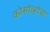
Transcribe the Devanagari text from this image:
कोसोव्होचा